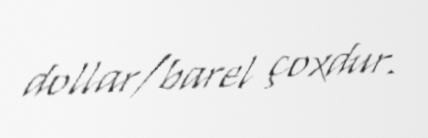
dollar/barel çoxdur.